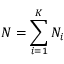
N = \sum _ { i = 1 } ^ { K } N _ { i }